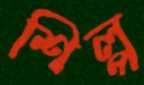
শিল্প